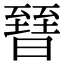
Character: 㬜